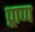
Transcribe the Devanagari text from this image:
प्र्राण